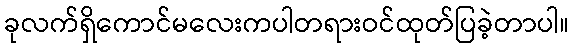
ခုလက်ရှိကောင်မလေးကပါတရားဝင်ထုတ်ပြခဲ့တာပါ။